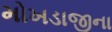
મોખડાજીના